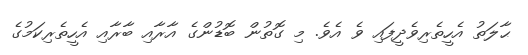
ޙާލަތު އެހީތެރިވެދީފައި ވެ އެވެ. މި ގޮތުން ބޮޑުންގެ އާރާއި ބާރާއި އެހީތެރިކަމުގެ